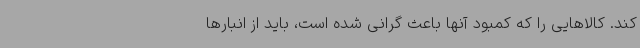
کند. کالاهایی را که کمبود آنها باعث گرانی شده است، باید از انبارها